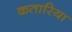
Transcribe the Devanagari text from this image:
कतारिया